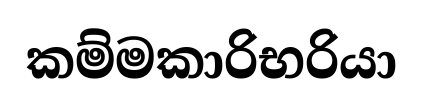
කම්මකාරිභරියා